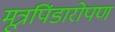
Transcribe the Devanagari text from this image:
मूत्रपिंडारोपण